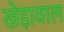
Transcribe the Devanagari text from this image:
खेड़ावाल